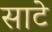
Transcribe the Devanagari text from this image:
साटे